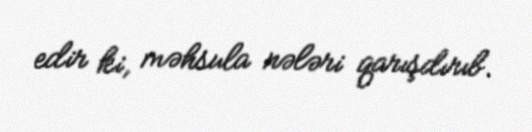
edir ki, məhsula nələri qarışdırıb.